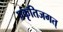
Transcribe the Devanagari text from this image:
प्रकृतिजगत्‌